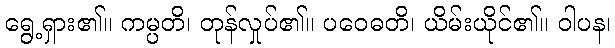
ရွေ့ရှား၏။ ကမ္ပတိ၊ တုန်လှုပ်၏။ ပဝေဓတိ၊ ယိမ်းယိုင်၏။ ဝါပန၊